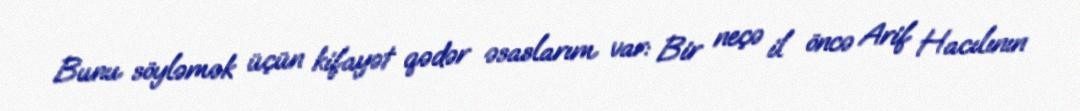
Bunu söyləmək üçün kifayət qədər əsaslarım var: Bir neçə il öncə Arif Hacılının